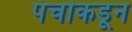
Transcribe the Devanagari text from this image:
पंचांकडून